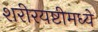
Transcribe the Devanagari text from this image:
शरीरयष्टीमध्ये